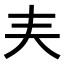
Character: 𡗗